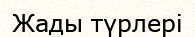
Жады түрлері